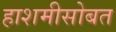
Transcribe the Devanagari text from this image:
हाशमीसोबत